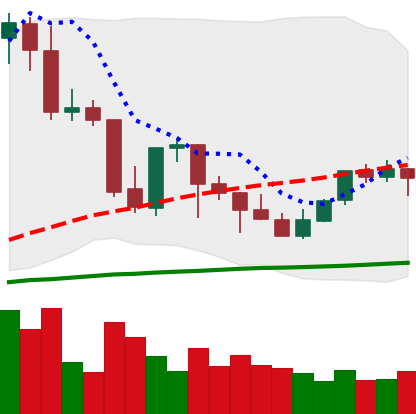
Ticker: TRX-USD
Chart end date: 2021-10-04
Forward return: 10.013%
Label: up_7plus